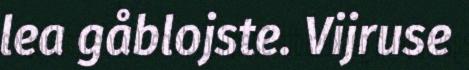
lea gåblojste. Vijruse